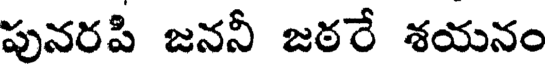
పునరపి జననీ జఠరే శయనం